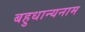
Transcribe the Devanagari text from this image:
बहुधान्यनाम